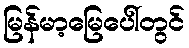
မြန်မာ့မြေပေါ်တွင်